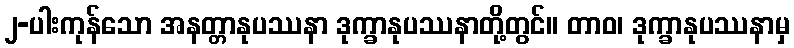
၂-ပါးကုန်သော အနတ္တာနုပဿနာ ဒုက္ခာနုပဿနာတို့တွင်။ တာဝ၊ ဒုက္ခာနုပဿနာမှ